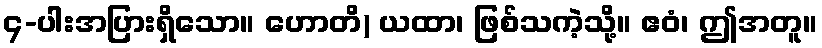
၄-ပါးအပြားရှိသော။ ဟောတိ) ယထာ၊ ဖြစ်သကဲ့သို့။ ဧဝံ၊ ဤအတူ။